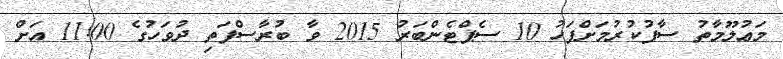
މަޢުލޫމާތު ސާފުކުރުމަށްފަހު 10 ސެޕްޓެންބަރު 2015 ވާ ބުރާސްފަތި ދުވަހުގެ 11:00 އަށް